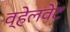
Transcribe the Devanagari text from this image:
व्हेलवेट